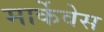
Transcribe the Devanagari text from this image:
मार्केवेस